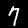
Digit: 7